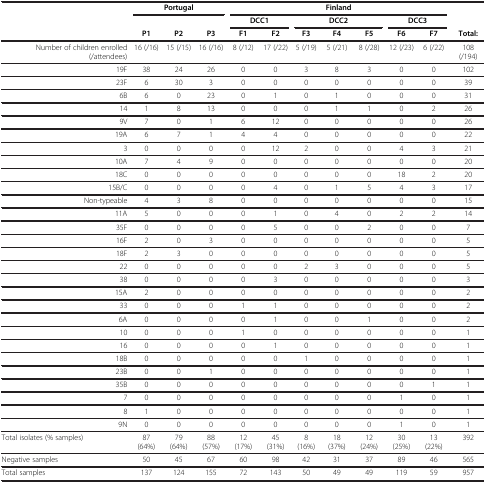
<table><thead><tr><td><b> </b></td><td colspan="3"><b>Portugal</b></td><td colspan="7"><b>Finland</b></td><td><b> </b></td></tr><tr><td><b> </b></td><td colspan="3"><b> </b></td><td colspan="2"><b>DCC1</b></td><td colspan="3"><b>DCC2</b></td><td colspan="2"><b>DCC3</b></td><td><b> </b></td></tr><tr><td><b> </b></td><td><b>P1</b></td><td><b>P2</b></td><td><b>P3</b></td><td><b>F1</b></td><td><b>F2</b></td><td><b>F3</b></td><td><b>F4</b></td><td><b>F5</b></td><td><b>F6</b></td><td><b>F7</b></td><td><b>Total:</b></td></tr></thead><tbody><tr><td>Number of children enrolled (/attendees)</td><td>16 (/16)</td><td>15 (/15)</td><td>16 (/16)</td><td>8 (/12)</td><td>17 (/22)</td><td>5 (/19)</td><td>5 (/21)</td><td>8 (/28)</td><td>12 (/23)</td><td>6 (/22)</td><td>108 (/194)</td></tr><tr><td>19F</td><td>38</td><td>24</td><td>26</td><td>0</td><td>0</td><td>3</td><td>8</td><td>3</td><td>0</td><td>0</td><td>102</td></tr><tr><td>23F</td><td>6</td><td>30</td><td>3</td><td>0</td><td>0</td><td>0</td><td>0</td><td>0</td><td>0</td><td>0</td><td>39</td></tr><tr><td>6B</td><td>6</td><td>0</td><td>23</td><td>0</td><td>1</td><td>0</td><td>1</td><td>0</td><td>0</td><td>0</td><td>31</td></tr><tr><td>14</td><td>1</td><td>8</td><td>13</td><td>0</td><td>0</td><td>0</td><td>1</td><td>1</td><td>0</td><td>2</td><td>26</td></tr><tr><td>9V</td><td>7</td><td>0</td><td>1</td><td>6</td><td>12</td><td>0</td><td>0</td><td>0</td><td>0</td><td>0</td><td>26</td></tr><tr><td>19A</td><td>6</td><td>7</td><td>1</td><td>4</td><td>4</td><td>0</td><td>0</td><td>0</td><td>0</td><td>0</td><td>22</td></tr><tr><td>3</td><td>0</td><td>0</td><td>0</td><td>0</td><td>12</td><td>2</td><td>0</td><td>0</td><td>4</td><td>3</td><td>21</td></tr><tr><td>10A</td><td>7</td><td>4</td><td>9</td><td>0</td><td>0</td><td>0</td><td>0</td><td>0</td><td>0</td><td>0</td><td>20</td></tr><tr><td>18C</td><td>0</td><td>0</td><td>0</td><td>0</td><td>0</td><td>0</td><td>0</td><td>0</td><td>18</td><td>2</td><td>20</td></tr><tr><td>15B/C</td><td>0</td><td>0</td><td>0</td><td>0</td><td>4</td><td>0</td><td>1</td><td>5</td><td>4</td><td>3</td><td>17</td></tr><tr><td>Non-typeable</td><td>4</td><td>3</td><td>8</td><td>0</td><td>0</td><td>0</td><td>0</td><td>0</td><td>0</td><td>0</td><td>15</td></tr><tr><td>11A</td><td>5</td><td>0</td><td>0</td><td>0</td><td>1</td><td>0</td><td>4</td><td>0</td><td>2</td><td>2</td><td>14</td></tr><tr><td>35F</td><td>0</td><td>0</td><td>0</td><td>0</td><td>5</td><td>0</td><td>0</td><td>2</td><td>0</td><td>0</td><td>7</td></tr><tr><td>16F</td><td>2</td><td>0</td><td>3</td><td>0</td><td>0</td><td>0</td><td>0</td><td>0</td><td>0</td><td>0</td><td>5</td></tr><tr><td>18F</td><td>2</td><td>3</td><td>0</td><td>0</td><td>0</td><td>0</td><td>0</td><td>0</td><td>0</td><td>0</td><td>5</td></tr><tr><td>22</td><td>0</td><td>0</td><td>0</td><td>0</td><td>0</td><td>2</td><td>3</td><td>0</td><td>0</td><td>0</td><td>5</td></tr><tr><td>38</td><td>0</td><td>0</td><td>0</td><td>0</td><td>3</td><td>0</td><td>0</td><td>0</td><td>0</td><td>0</td><td>3</td></tr><tr><td>15A</td><td>2</td><td>0</td><td>0</td><td>0</td><td>0</td><td>0</td><td>0</td><td>0</td><td>0</td><td>0</td><td>2</td></tr><tr><td>33</td><td>0</td><td>0</td><td>0</td><td>1</td><td>1</td><td>0</td><td>0</td><td>0</td><td>0</td><td>0</td><td>2</td></tr><tr><td>6A</td><td>0</td><td>0</td><td>0</td><td>0</td><td>1</td><td>0</td><td>0</td><td>1</td><td>0</td><td>0</td><td>2</td></tr><tr><td>10</td><td>0</td><td>0</td><td>0</td><td>1</td><td>0</td><td>0</td><td>0</td><td>0</td><td>0</td><td>0</td><td>1</td></tr><tr><td>16</td><td>0</td><td>0</td><td>0</td><td>0</td><td>1</td><td>0</td><td>0</td><td>0</td><td>0</td><td>0</td><td>1</td></tr><tr><td>18B</td><td>0</td><td>0</td><td>0</td><td>0</td><td>0</td><td>1</td><td>0</td><td>0</td><td>0</td><td>0</td><td>1</td></tr><tr><td>23B</td><td>0</td><td>0</td><td>1</td><td>0</td><td>0</td><td>0</td><td>0</td><td>0</td><td>0</td><td>0</td><td>1</td></tr><tr><td>35B</td><td>0</td><td>0</td><td>0</td><td>0</td><td>0</td><td>0</td><td>0</td><td>0</td><td>0</td><td>1</td><td>1</td></tr><tr><td>7</td><td>0</td><td>0</td><td>0</td><td>0</td><td>0</td><td>0</td><td>0</td><td>0</td><td>1</td><td>0</td><td>1</td></tr><tr><td>8</td><td>1</td><td>0</td><td>0</td><td>0</td><td>0</td><td>0</td><td>0</td><td>0</td><td>0</td><td>0</td><td>1</td></tr><tr><td>9N</td><td>0</td><td>0</td><td>0</td><td>0</td><td>0</td><td>0</td><td>0</td><td>0</td><td>1</td><td>0</td><td>1</td></tr><tr><td>Total isolates (% samples)</td><td>87 (64%)</td><td>79 (64%)</td><td>88 (57%)</td><td>12 (17%)</td><td>45 (31%)</td><td>8 (16%)</td><td>18 (37%)</td><td>12 (24%)</td><td>30 (25%)</td><td>13 (22%)</td><td>392</td></tr><tr><td>Negative samples</td><td>50</td><td>45</td><td>67</td><td>60</td><td>98</td><td>42</td><td>31</td><td>37</td><td>89</td><td>46</td><td>565</td></tr><tr><td>Total samples</td><td>137</td><td>124</td><td>155</td><td>72</td><td>143</td><td>50</td><td>49</td><td>49</td><td>119</td><td>59</td><td>957</td></tr></tbody></table>